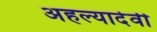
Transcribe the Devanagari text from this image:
अहल्यादेवी